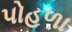
પોહળા